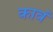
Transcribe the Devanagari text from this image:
कावं